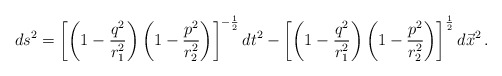
\begin{align*}ds^{2}=\left[\left(1-\frac{q^{2}}{r_{1}^{2}}\right)\left(1-\frac{p^{2}}{r_{2}^{2}}\right)\right]^{-\frac{1}{2}}dt^{2}-\left[\left(1-\frac{q^{2}}{r_{1}^{2}}\right)\left(1-\frac{p^{2}}{r_{2}^{2}}\right)\right]^{\frac{1}{2}}d\vec{x}^{2}\, .\end{align*}